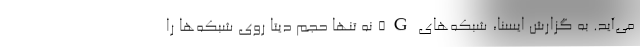
می‌آید. به گزارش ایسنا، شبکه‌های 5G نه تنها حجم دیتا روی شبکه‌ها را